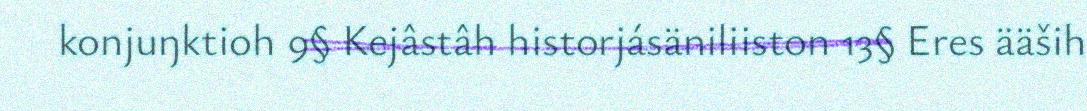
konjuŋktioh 9§ Kejâstâh historjásäniliiston 13§ Eres ääših